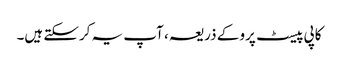
کاپی پیسٹ پرو کے ذریعہ ، آپ یہ کرسکتے ہیں۔